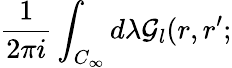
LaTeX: {\frac{1}{2\pi i}}\int_{C_{\infty}}d\lambda{\cal{G}}_{l}(r,r^{\prime};